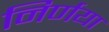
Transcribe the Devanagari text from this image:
निर्णया